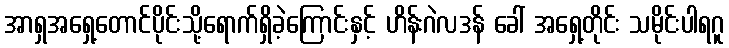
အာရှအရှေ့တောင်ပိုင်းသို့ရောက်ရှိခဲ့ကြောင်းနှင့် ဟိန်းဂဲလဒန် ခေါ် အရှေ့တိုင်း သမိုင်းပါရဂူ